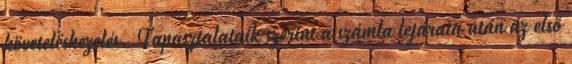
követeléskezelés. Tapasztalataik szerint a számla lejárata után az első